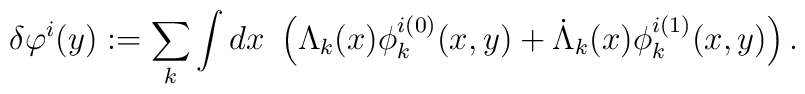
\delta\varphi^i(y):=\sum_{k}\int dx \ \left(\Lambda_k(x)\phi^{i(0)}_k(x,y)                    + \dot{\Lambda}_k(x)\phi^{i(1)}_k(x,y)\right).